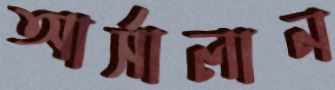
আর্সালান